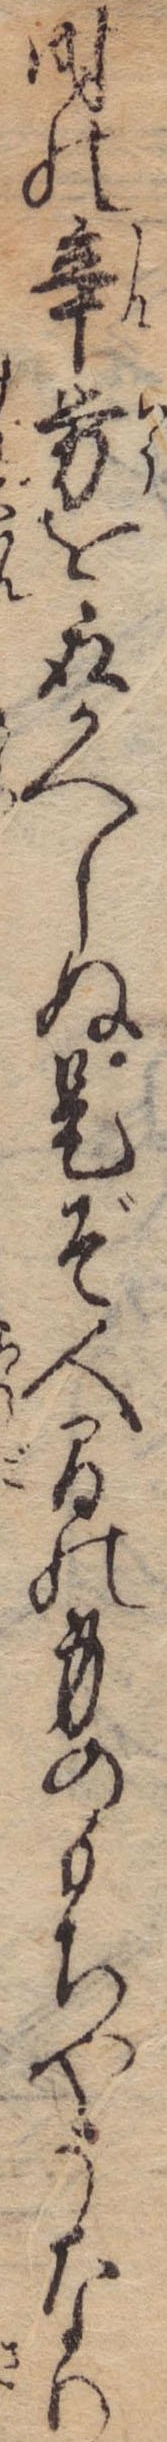
時の辛労を取かへしぬ是ぞ人間の身のもちやうなり